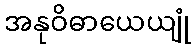
အနုဝိဓာယေယျုံ